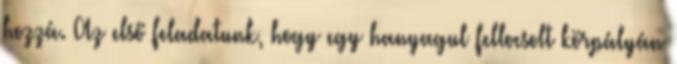
hozzá. Az első feladatunk, hogy egy hanyagul fellocsolt körpályán